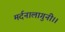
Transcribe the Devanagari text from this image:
मर्दनालागुनी।।